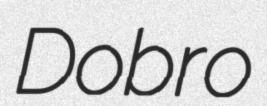
Dobro